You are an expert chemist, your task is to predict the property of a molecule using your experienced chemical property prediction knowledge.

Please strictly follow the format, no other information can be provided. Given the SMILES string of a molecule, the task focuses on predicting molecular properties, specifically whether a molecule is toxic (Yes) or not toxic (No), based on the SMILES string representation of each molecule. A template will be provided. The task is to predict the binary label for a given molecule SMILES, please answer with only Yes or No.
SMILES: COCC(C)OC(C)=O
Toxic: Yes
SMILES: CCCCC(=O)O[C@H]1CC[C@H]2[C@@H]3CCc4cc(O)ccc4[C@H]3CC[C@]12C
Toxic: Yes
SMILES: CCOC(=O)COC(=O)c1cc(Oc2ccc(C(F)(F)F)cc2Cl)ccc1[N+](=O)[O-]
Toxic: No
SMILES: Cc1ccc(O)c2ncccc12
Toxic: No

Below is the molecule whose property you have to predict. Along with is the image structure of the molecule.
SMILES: Cc1ccc(CO)cc1
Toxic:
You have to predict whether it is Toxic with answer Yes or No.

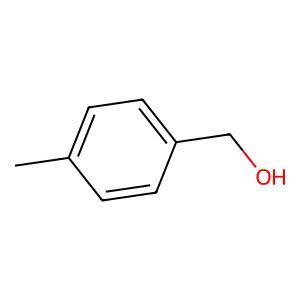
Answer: No